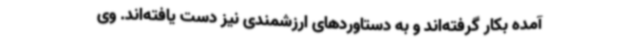
آمده بکار گرفته‌اند و به دستاوردهای ارزشمندی نیز دست یافته‌اند. وی